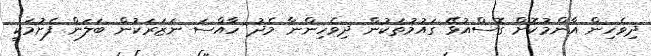
ދިވެހިން އާންމުކޮށް ގޮސްއުޅޭ ގައުމުތަކުން ދިވެހިންނާ މެދު ހާއްސަ ނަޒަރަކުން ބަލަން ފެށުމަކީ